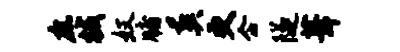
庶械奴牖葬更企隧葺